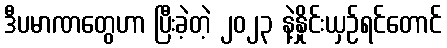
ဒီပမာဏတွေဟာ ပြီးခဲ့တဲ့ ၂၀၂၃ နဲ့နှိုင်းယှဉ်ရင်တောင်